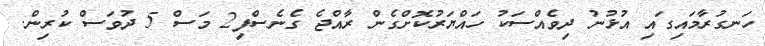
ހަނގުރާމައިގައި އުޅުނު ދިވެއްސަކު ހައްޔަރުކޮށްގެން ރާއްޖެ ގެނެސްފި2 މަސް 5 ދުވަސް ކުރިން.